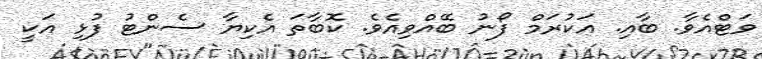
ވަޓްއެވާ. ބާއި. އަކުރަމް ފޯނު ބޭއްވިއެވެ. ކޮބާތަ އެކިޔާ ސެންޓު ފުޅި އަކީ